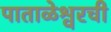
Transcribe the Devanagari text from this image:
पाताळेश्वरची